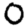
Digit: 0